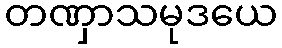
တဏှာသမုဒယေ